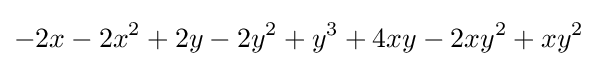
-2x-2x^{2}+2y-2y^{2}+y^{3}+4xy-2xy^{2}+xy^{2}